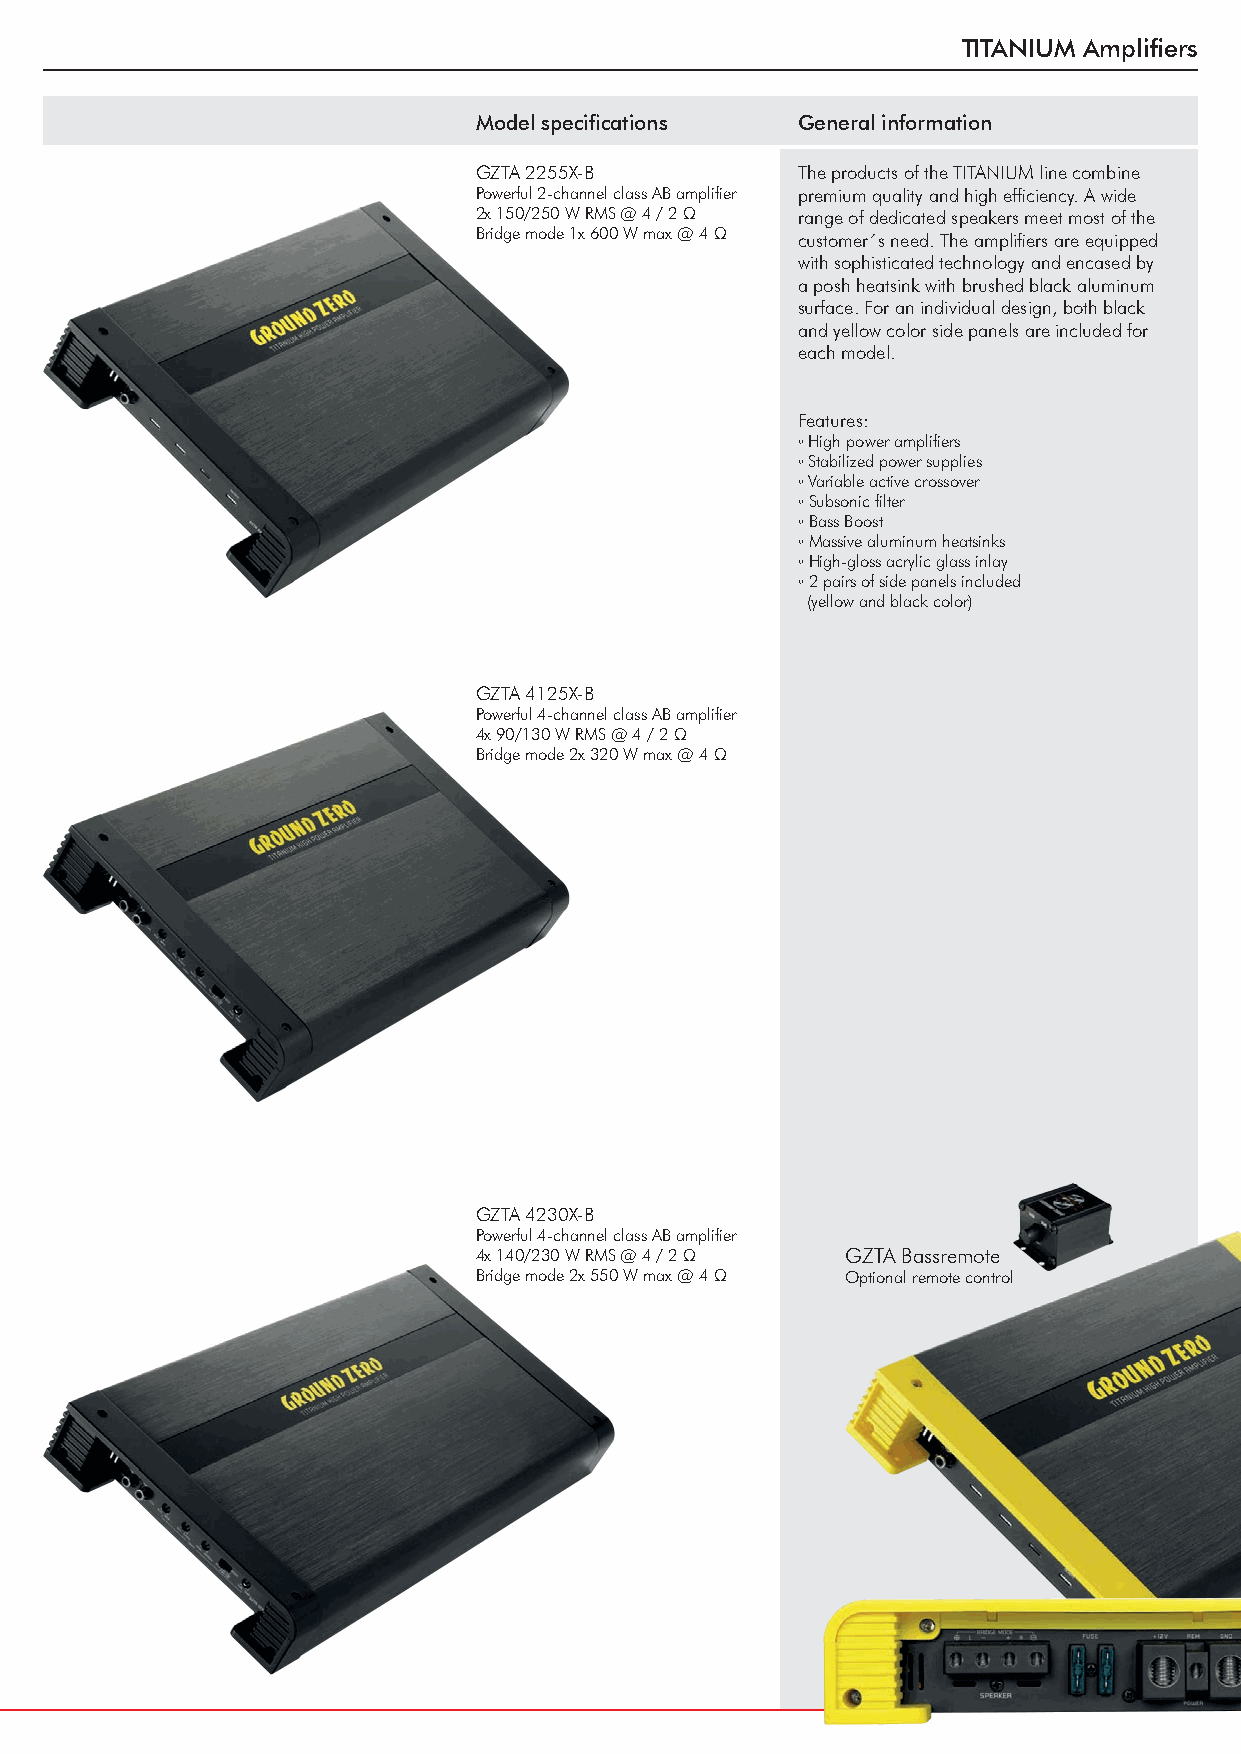
TITANIUM Amplifiers
 Model specifications  General information
 GZTA 2255X-B          The products of the TITANIUM line combine
 Powerful 2-channel class AB amplifier premium quality and high efficiency. A wide
 2x 150/250 W RMS @ 4 / 2 Ω range of dedicated speakers meet most of the
 Bridge mode 1x 600 W max @ 4 Ω customer´s need. The amplifiers are equipped
 with sophisticated technology and encased by
 a posh heatsink with brushed black aluminum
 surface. For an individual design, both black
 and yellow color side panels are included for
 each model.
 Features:
 ◦ High power amplifiers
 ◦ Stabilized power supplies
 ◦ Variable active crossover
 ◦ Subsonic filter
 ◦ Bass Boost
 ◦ Massive aluminum heatsinks
 ◦ High-gloss acrylic glass inlay
 ◦ 2 pairs of side panels included
 (yellow and black color)
 GZTA 4125X-B
 Powerful 4-channel class AB amplifier
 4x 90/130 W RMS @ 4 / 2 Ω
 Bridge mode 2x 320 W max @ 4 Ω
 GZTA 4230X-B
 Powerful 4-channel class AB amplifier
 4x 140/230 W RMS @ 4 / 2 Ω GZTA Bassremote
 Bridge mode 2x 550 W max @ 4 Ω Optional remote control
 35